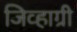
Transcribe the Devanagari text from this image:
जिव्हाग्री